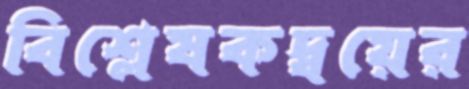
বিশ্লেষকদ্বয়ের